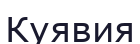
Куявия